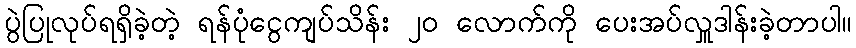
ပွဲပြုလုပ်ရရှိခဲ့တဲ့ ရန်ပုံငွေကျပ်သိန်း ၂၀ လောက်ကို ပေးအပ်လှူဒါန်းခဲ့တာပါ။